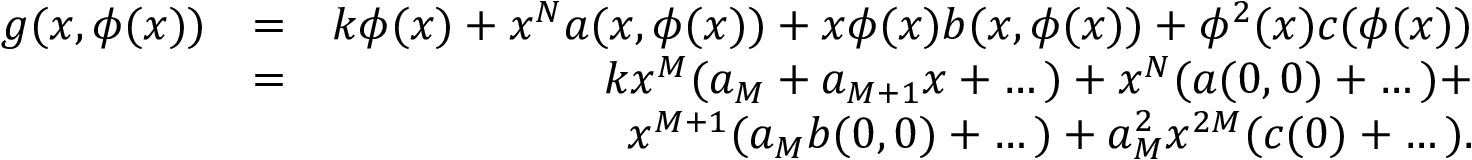
\begin{array} { r l r } { g ( x , \phi ( x ) ) } & { = } & { k \phi ( x ) + x ^ { N } a ( x , \phi ( x ) ) + x \phi ( x ) b ( x , \phi ( x ) ) + \phi ^ { 2 } ( x ) c ( \phi ( x ) ) } \\ & { = } & { k x ^ { M } ( a _ { M } + a _ { M + 1 } x + \dots ) + x ^ { N } ( a ( 0 , 0 ) + \dots ) + } \\ & { } & { x ^ { M + 1 } ( a _ { M } b ( 0 , 0 ) + \dots ) + a _ { M } ^ { 2 } x ^ { 2 M } ( c ( 0 ) + \dots ) . } \end{array}